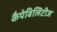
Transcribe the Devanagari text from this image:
कैपेबिलिटीज